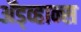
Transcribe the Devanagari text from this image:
ॲड्व्हान्स